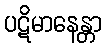
ပဋိမာနေန္တာ